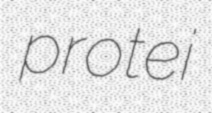
protei